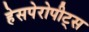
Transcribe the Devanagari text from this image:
हेसपेरोपीट्स